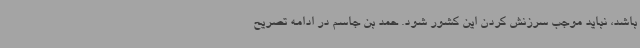
باشد، نباید موجب سرزنش کردن این کشور شود. حمد بن جاسم در ادامه تصریح